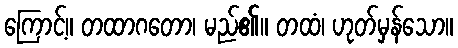
ကြောင့်။ တထာဂတော၊ မည်၏။ တထံ၊ ဟုတ်မှန်သော။